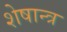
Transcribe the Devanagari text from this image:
शेषान्त्र